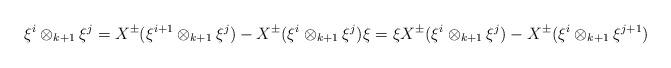
LaTeX: \begin{align*}\xi^{i} \otimes_{k+1} \xi^{j} = X^\pm(\xi^{i+1} \otimes_{k+1} \xi^{j}) - X^\pm(\xi^{i} \otimes_{k+1} \xi^{j})\xi = \xi X^\pm(\xi^{i} \otimes_{k+1} \xi^{j}) - X^\pm(\xi^{i} \otimes_{k+1} \xi^{j+1})\end{align*}